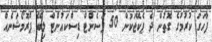
ފާހަގަ ކުރުމުގެ ގޮތުން ދެ ޕެކޭޖަކުން 50 ޕަސެންޓް ޑިސްކައުންޓް ލިބޭ ޕްރޮމޯޝަނެއް